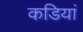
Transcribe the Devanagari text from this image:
कडियां